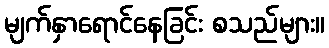
မျက်နှာရောင်နေခြင်း စသည်များ။